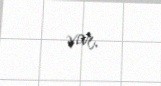
var.